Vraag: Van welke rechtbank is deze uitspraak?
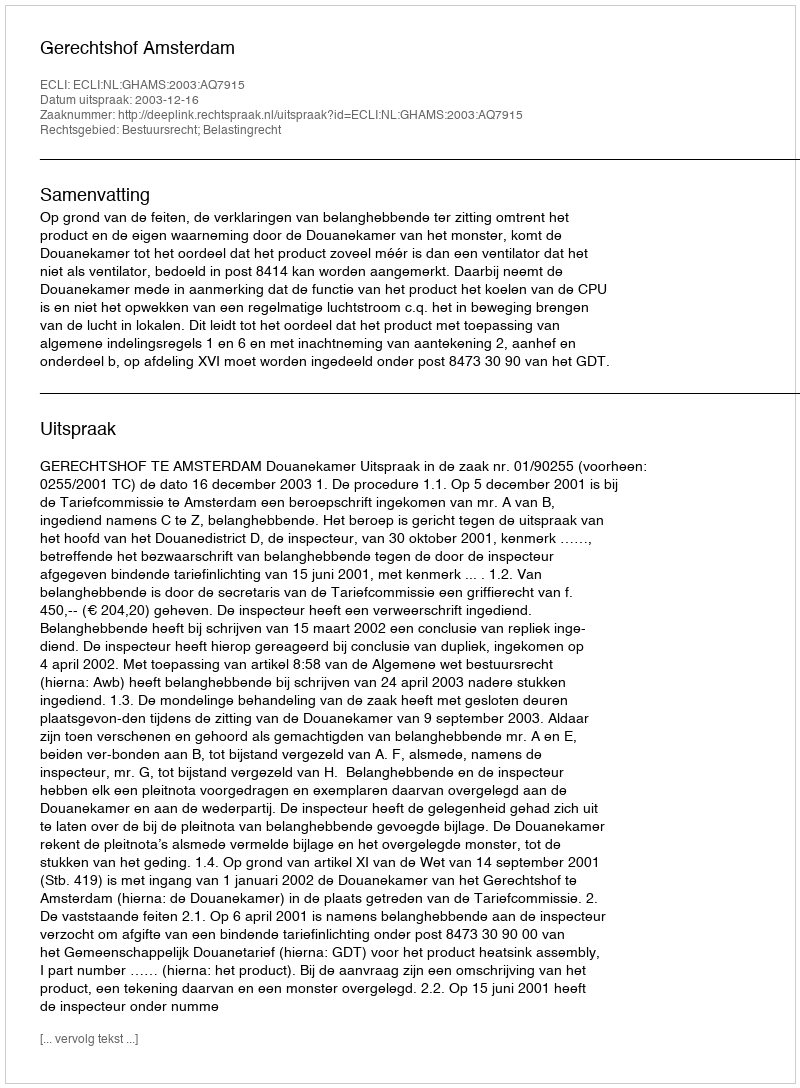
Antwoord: Gerechtshof Amsterdam